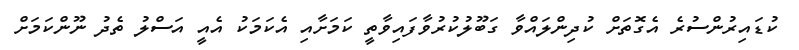
ކުޑައިރުންސުރެ އެގޮތަށް ކުދިންލައްވާ ގަބޫލުކުރުވާފައިވާތީ ކަމަށާއި އެކަމަކު އެއީ އަސްލު ތެދު ނޫންކަމަށް